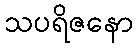
သပရိဇနော